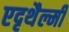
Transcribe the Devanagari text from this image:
एदृथैल्मी